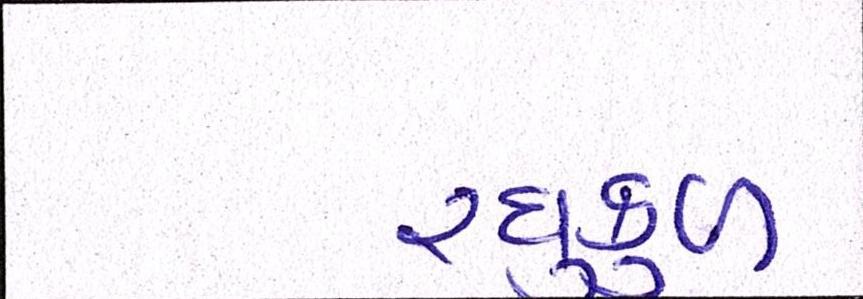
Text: રઘુકુળ